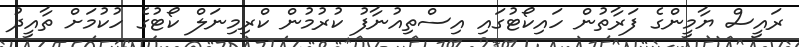
ރައީސް ޔާމީންގެ ފަރާތުން ހައިކޯޓުގައި އިސްތިއުނާފު ކުރުމުން ކްރިމިނަލް ކޯޓުގެ ހުކުމަށް ތާއީދު